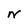
Character: N